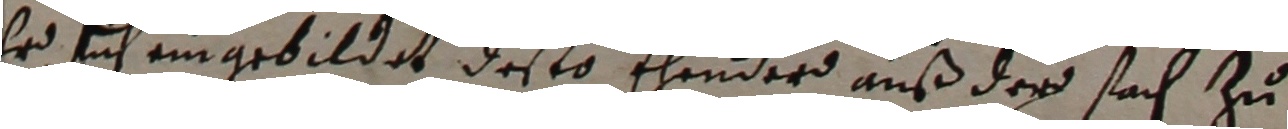
er sich eingebildet desto ehender auß der sach zu